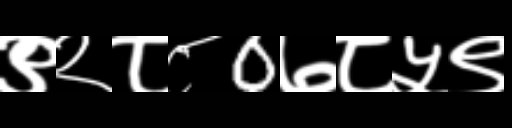
Text: ९२८८0७८५९